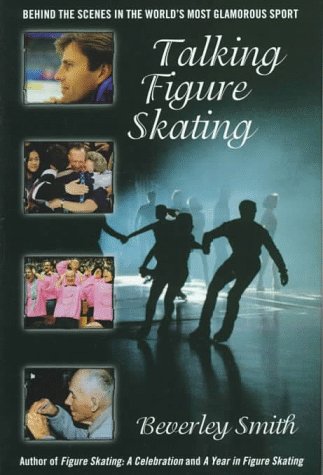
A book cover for Talking Figure Skating: Behind the Scenes in the World's Most Glamorous Sport; Beverley Smith; Sports & Outdoors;